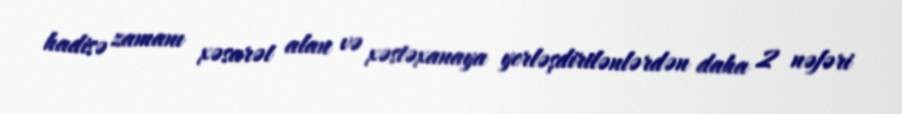
hadisə zamanı xəsarət alan və xəstəxanaya yerləşdirilənlərdən daha 2 nəfəri